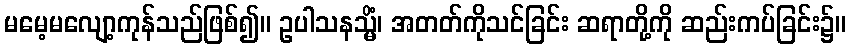
မမေ့မလျော့ကုန်သည်ဖြစ်၍။ ဥပါသနသ္မိံ၊ အတတ်ကိုသင်ခြင်း ဆရာတို့ကို ဆည်းကပ်ခြင်း၌။